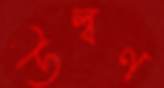
উল্বণ